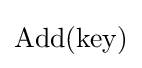
\mathrm {Add} (\mathrm {key} )